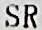
SR